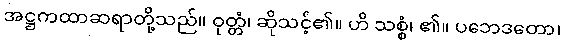
အဋ္ဌကထာဆရာတို့သည်။ ဝုတ္တံ၊ ဆိုသင့်၏။ ဟိ သစ္စံ၊ ၏။ ပဘေဒတော၊